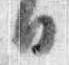
日